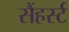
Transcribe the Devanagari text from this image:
सैंहर्स्ट